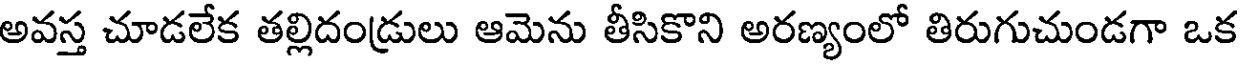
అవస్త చూడలేక తల్లిదండ్రులు ఆమెను తీసికొని అరణ్యంలో తిరుగుచుండగా ఒక